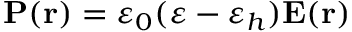
{ \bf P } ( { \bf r } ) = \varepsilon _ { 0 } ( \varepsilon - \varepsilon _ { h } ) { \bf E } ( { \bf r } )